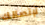
لإتصالك